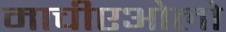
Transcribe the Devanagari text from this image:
माचीएओलो